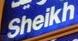
sheikh